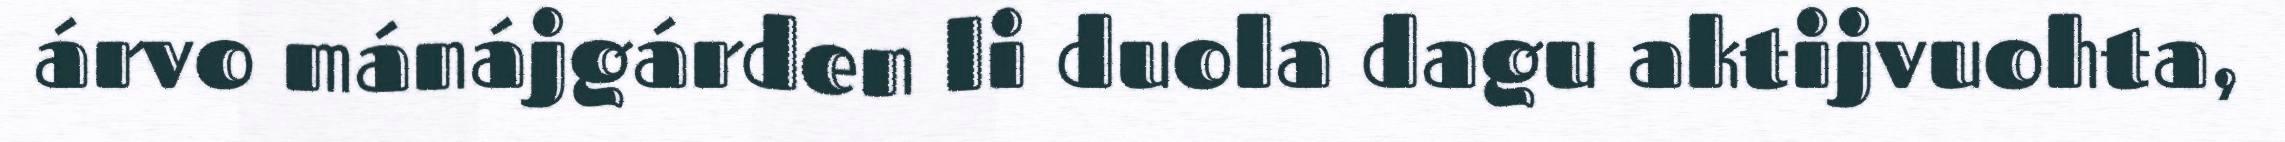
árvo mánájgárden li duola dagu aktijvuohta,